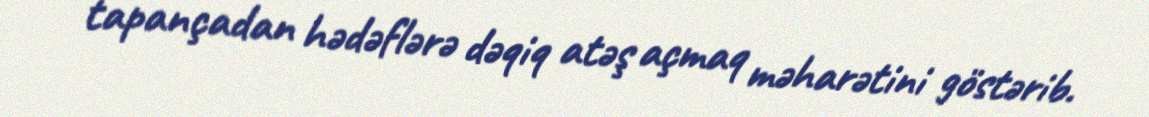
tapançadan hədəflərə dəqiq atəş açmaq məharətini göstərib.